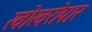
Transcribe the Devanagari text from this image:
खोखरोपार